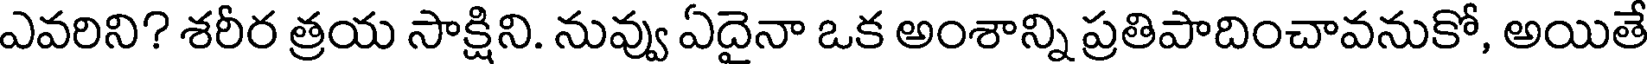
ఎవరిని? శరీర త్రయ సాక్షిని. నువ్వు ఏదైనా ఒక అంశాన్ని ప్రతిపాదించావనుకో, అయితే